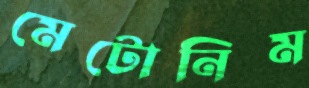
মেটোনিম